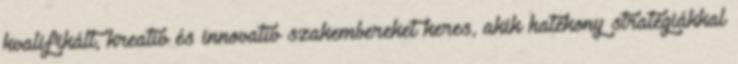
kvalifikált, kreatív és innovatív szakembereket keres, akik hatékony stratégiákkal